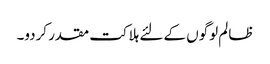
ظالم لوگوں کے لئے ہلاکت مقدر کردو۔